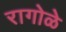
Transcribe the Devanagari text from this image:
रागोळे